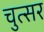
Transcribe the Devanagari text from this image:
चुत्सर